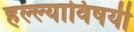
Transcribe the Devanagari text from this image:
हल्ल्याविषयी